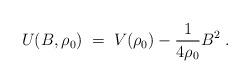
LaTeX: \begin{align*}U(B,\rho_0) \;=\; V(\rho_0) - \frac{1}{4 \rho_0} B^2 \;.\end{align*}